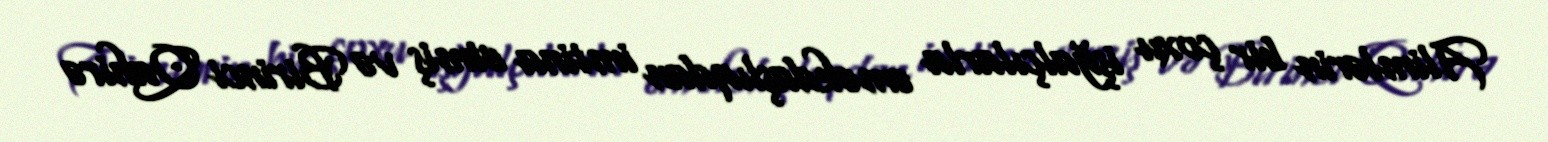
Alimlərin bir çoxu işğalçılarla əməkdaşlıqdan imtina etmiş və Birinci Qahirə